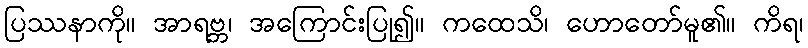
ပြဿနာကို။ အာရဗ္ဘ၊ အကြောင်းပြု၍။ ကထေသိ၊ ဟောတော်မူ၏။ ကိရ၊